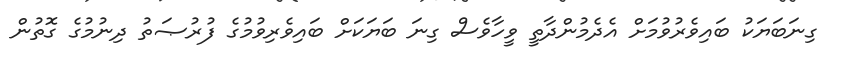
ގިނަބަޔަކު ބައިވެރުވުމަށް އެދެމުންދާތީ ވީހާވެސް ގިނަ ބަޔަކަށް ބައިވެރިވުމުގެ ފުރުޞަތު ދިނުމުގެ ގޮތުން